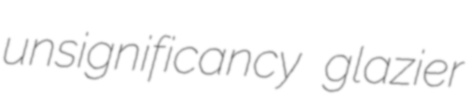
unsignificancy glazier